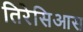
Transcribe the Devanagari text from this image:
तिरेसिआस